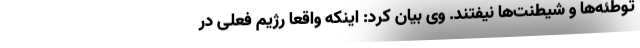
توطئه‌ها و شیطنت‌‌ها نیفتند. وی بیان کرد: اینکه واقعا رژیم فعلی در